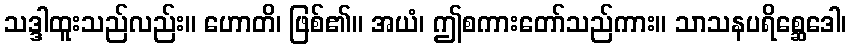
သဒ္ဒါထူးသည်လည်း။ ဟောတိ၊ ဖြစ်၏။ အယံ၊ ဤစကားတော်သည်ကား။ သာသနပရိစ္ဆေဒေါ၊